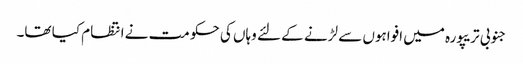
جنوبی تریپورہ میں افواہوں سے لڑنے کے لئے وہاں کی حکومت نے انتظام کیا تھا۔